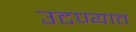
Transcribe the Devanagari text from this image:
उटण्यात